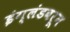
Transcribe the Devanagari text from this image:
इंग्लंडवरून